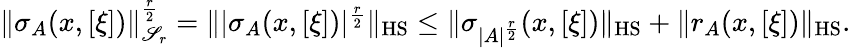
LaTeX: \begin{array}{r}{\Vert\sigma_{A}(x,[\xi])\Vert_{\mathscr{S}_{r}}^{\frac{r}{2}}=\Vert|\sigma_{A}(x,[\xi])|^{\frac{r}{2}}\Vert_{\textnormal{HS}}\leq\Vert\sigma_{|A|^{\frac{r}{2}}}(x,[\xi])\Vert_{\textnormal{HS}}+\Vert r_{A}(x,[\xi])\Vert_{\textnormal{HS}}.}\end{array}